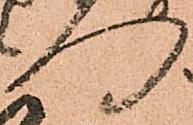
向